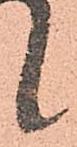
候